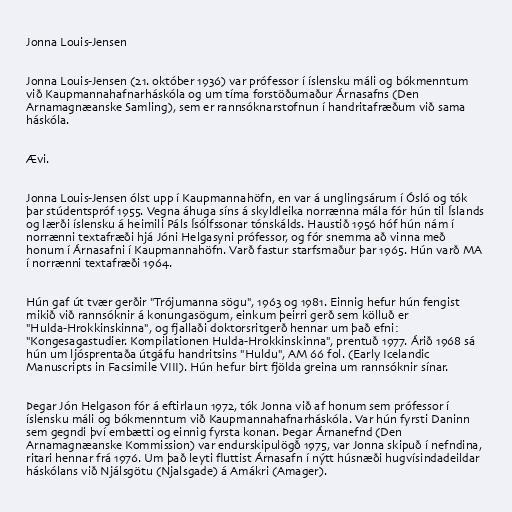
Jonna Louis-Jensen

Jonna Louis-Jensen (21. október 1936) var prófessor í íslensku máli og bókmenntum
við Kaupmannahafnarháskóla og um tíma forstöðumaður Árnasafns (Den
Arnamagnæanske Samling), sem er rannsóknarstofnun í handritafræðum við sama
háskóla.

Ævi.

Jonna Louis-Jensen ólst upp í Kaupmannahöfn, en var á unglingsárum í Ósló og tók
þar stúdentspróf 1955. Vegna áhuga síns á skyldleika norrænna mála fór hún til Íslands
og lærði íslensku á heimili Páls Ísólfssonar tónskálds. Haustið 1956 hóf hún nám í
norrænni textafræði hjá Jóni Helgasyni prófessor, og fór snemma að vinna með
honum í Árnasafni í Kaupmannahöfn. Varð fastur starfsmaður þar 1965. Hún varð MA
í norrænni textafræði 1964.

Hún gaf út tvær gerðir "Trójumanna sögu", 1963 og 1981. Einnig hefur hún fengist
mikið við rannsóknir á konungasögum, einkum þeirri gerð sem kölluð er
"Hulda-Hrokkinskinna", og fjallaði doktorsritgerð hennar um það efni:
"Kongesagastudier. Kompilationen Hulda-Hrokkinskinna", prentuð 1977. Árið 1968 sá
hún um ljósprentaða útgáfu handritsins "Huldu", AM 66 fol. (Early Icelandic
Manuscripts in Facsimile VIII). Hún hefur birt fjölda greina um rannsóknir sínar.

Þegar Jón Helgason fór á eftirlaun 1972, tók Jonna við af honum sem prófessor í
íslensku máli og bókmenntum við Kaupmannahafnarháskóla. Var hún fyrsti Daninn
sem gegndi því embætti og einnig fyrsta konan. Þegar Árnanefnd (Den
Arnamagnæanske Kommission) var endurskipulögð 1975, var Jonna skipuð í nefndina,
ritari hennar frá 1976. Um það leyti fluttist Árnasafn í nýtt húsnæði hugvísindadeildar
háskólans við Njálsgötu (Njalsgade) á Amákri (Amager).